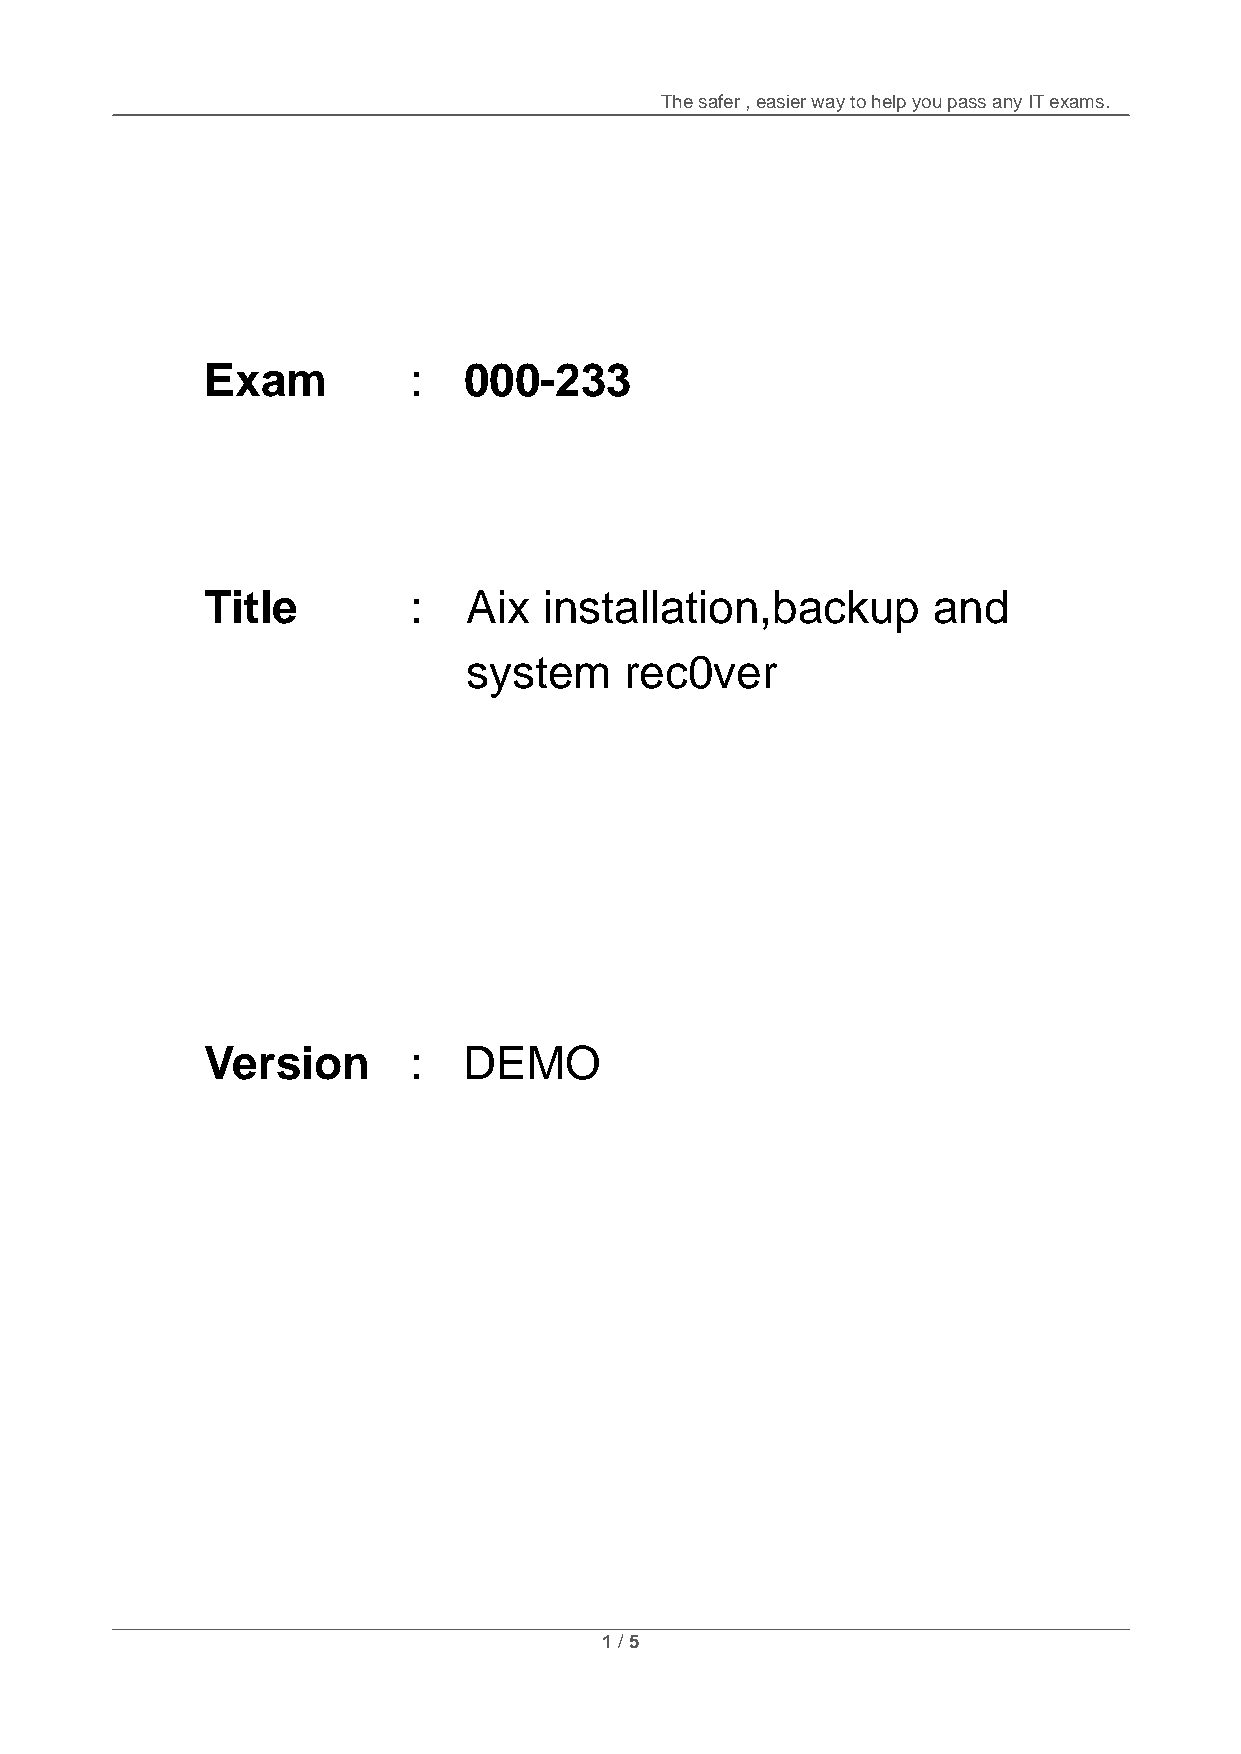
The safer , easier way to help you pass any IT exams.
 Exam         :   000-233
 Title        :   A i x i nstallation,backup     and
 system    rec0ver
 Version      :   DEMO
 1 / 5